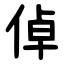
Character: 倬